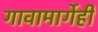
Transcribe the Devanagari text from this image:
गावामार्गेही